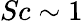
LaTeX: Sc\sim 1